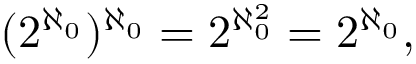
( 2 ^ { \aleph _ { 0 } } ) ^ { \aleph _ { 0 } } = 2 ^ { \aleph _ { 0 } ^ { 2 } } = 2 ^ { \aleph _ { 0 } } ,